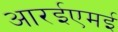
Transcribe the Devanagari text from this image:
आरईएमई